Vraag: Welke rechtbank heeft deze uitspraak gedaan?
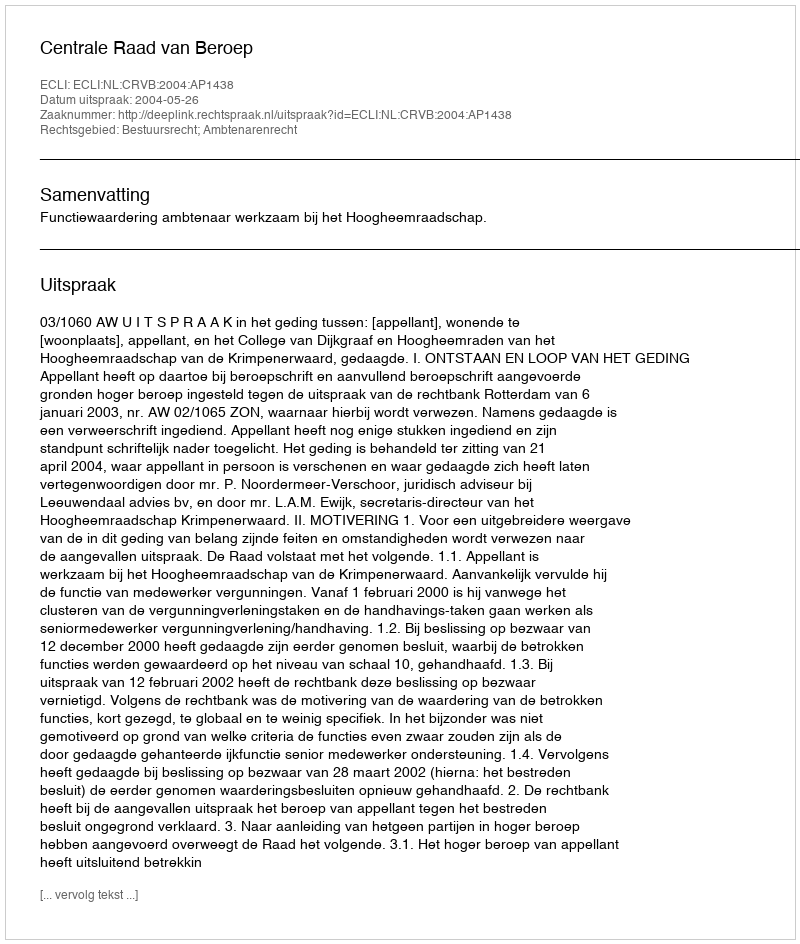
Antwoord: Centrale Raad van Beroep